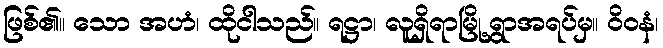
ဖြစ်၏။ သော အဟံ၊ ထိုငါသည်။ ရဋ္ဌာ၊ လူရှိရာမြို့ရွာအရပ်မှ။ ဝိဝနံ၊